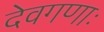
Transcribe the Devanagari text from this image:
देवगणाः